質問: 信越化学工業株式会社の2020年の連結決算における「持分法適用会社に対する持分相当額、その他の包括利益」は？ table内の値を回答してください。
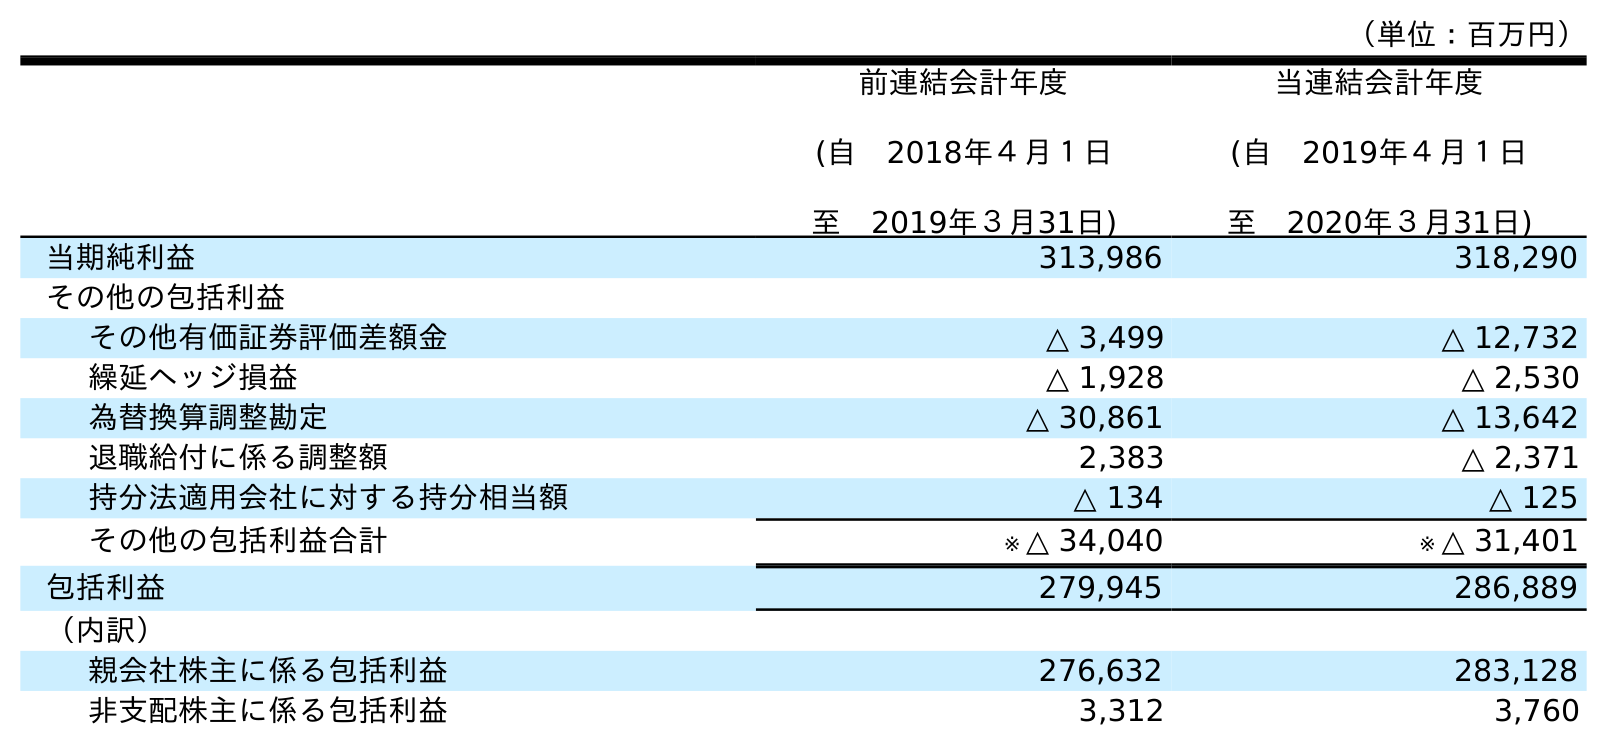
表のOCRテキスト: （単位：百万円） 前連結会計年度 (自 2018年４月１日 至 2019年３月31日) 当連結会計年度 (自 2019年４月１日 至 2020年３月31日) 当期純利益 313,986 318,290 その他の包括利益 その他有価証券評価差額金 △ 3,499 △ 12,732 繰延ヘッジ損益 △ 1,928 △ 2,530 為替換算調整勘定 △ 30,861 △ 13,642 退職給付に係る調整額 2,383 △ 2,371 持分法適用会社に対する持分相当額 △ 134 △ 125 その他の包括利益合計 ※ △ 34,040 ※ △ 31,401 包括利益 279,945 286,889 （内訳） 親会社株主に係る包括利益 276,632 283,128 非支配株主に係る包括利益 3,312 3,760
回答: △125